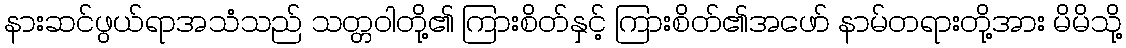
နားဆင်ဖွယ်ရာအသံသည် သတ္တဝါတို့၏ ကြားစိတ်နှင့် ကြားစိတ်၏အဖော် နာမ်တရားတို့အား မိမိသို့